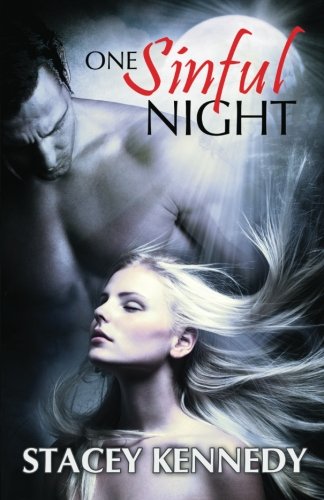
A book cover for One Sinful Night; Stacey Kennedy; Romance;